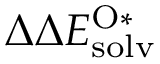
\Delta \Delta E _ { \mathrm { s o l v } } ^ { \mathrm { O * } }